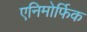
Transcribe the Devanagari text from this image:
एनिमोर्फिक